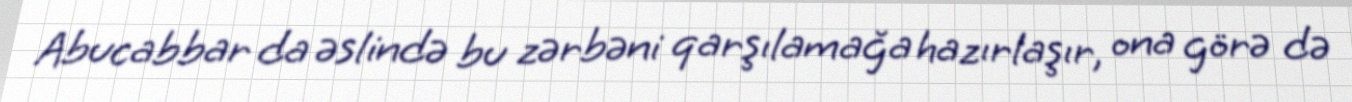
Abucabbar da əslində bu zərbəni qarşılamağa hazırlaşır, ona görə də